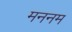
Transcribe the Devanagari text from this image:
मननम